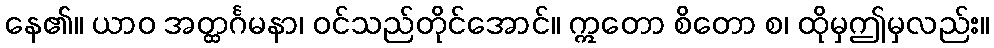
နေ၏။ ယာဝ အတ္ထင်္ဂမနာ၊ ဝင်သည်တိုင်အောင်။ ဣတော စိတော စ၊ ထိုမှဤမှလည်း။